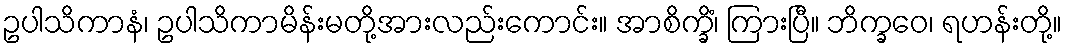
ဥပါသိကာနံ၊ ဥပါသိကာမိန်းမတို့အားလည်းကောင်း။ အာစိက္ခိံ၊ ကြားပြီ။ ဘိက္ခဝေ၊ ရဟန်းတို့။